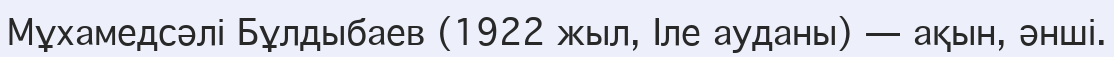
Мұхамедсәлі Бұлдыбаев (1922 жыл, Іле ауданы) — ақын, әнші.